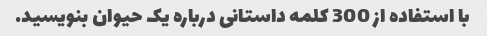
با استفاده از 300 کلمه داستانی درباره یک حیوان بنویسید.